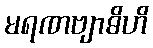
မရဏဗျာဓိဟိ